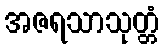
အဇရသာသုတ္တံ